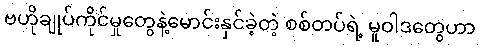
ဗဟိုချုပ်ကိုင်မှုတွေနဲ့မောင်းနှင်ခဲ့တဲ့ စစ်တပ်ရဲ့ မူဝါဒတွေဟာ